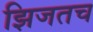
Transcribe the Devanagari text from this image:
झिजतच